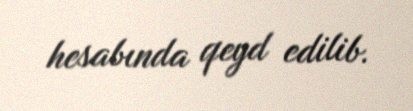
hesabında qeyd edilib.